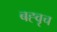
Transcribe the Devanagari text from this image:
बह्वृच